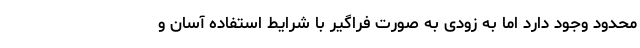
محدود وجود دارد اما به زودی به صورت فراگیر با شرایط استفاده آسان و